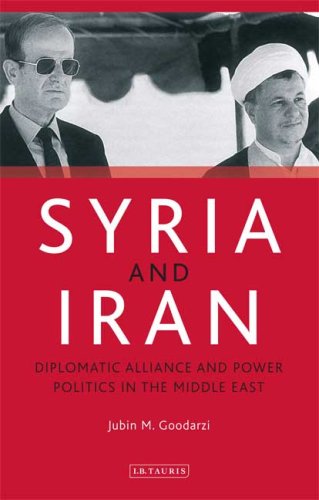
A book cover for Syria and Iran: Diplomatic Alliance and Power Politics in the Middle East (Library of Modern Middle East Studies); Jubin M. Goodarzi; History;